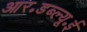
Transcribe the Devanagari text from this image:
आर॰डब्ल्यू॰ई